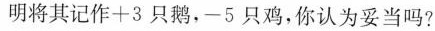
明将其记作+3只鹅，-5只鸡，你认为妥当吗?